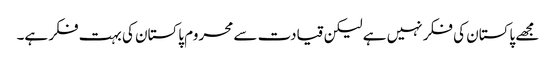
مجھے پاکستان کی فکر نہیں ہے لیکن قیادت سے محروم پاکستان کی بہت فکر ہے۔